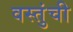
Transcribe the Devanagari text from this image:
वस्तुंची